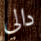
دالي